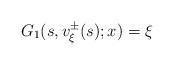
LaTeX: \begin{align*}G_1(s,v_{\xi}^{\pm}(s);x)=\xi\end{align*}